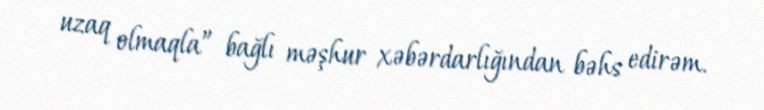
uzaq olmaqla” bağlı məşhur xəbərdarlığından bəhs edirəm.